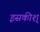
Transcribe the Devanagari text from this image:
इसकीश्